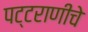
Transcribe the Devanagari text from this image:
पट्टराणीचे